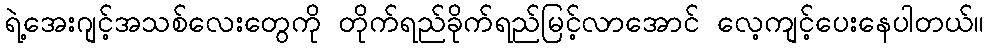
ရဲ့အေးဂျင့်အသစ်လေးတွေကို တိုက်ရည်ခိုက်ရည်မြင့်လာအောင် လေ့ကျင့်ပေးနေပါတယ်။